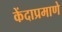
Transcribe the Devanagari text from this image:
केंदाप्रमाणे